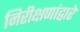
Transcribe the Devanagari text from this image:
निरीक्षणांद्वारे